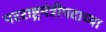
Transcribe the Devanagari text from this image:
परराष्ट्रमंत्रीपदाच्या